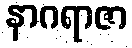
နာဂရာဇာ